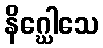
နိဂ္ဃေါသေ